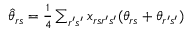
\begin{array} { r } { \hat { \theta } _ { r s } = \frac { 1 } { 4 } \sum _ { r ^ { \prime } s ^ { \prime } } x _ { r s r ^ { \prime } s ^ { \prime } } ( \theta _ { r s } + \theta _ { r ^ { \prime } s ^ { \prime } } ) } \end{array}